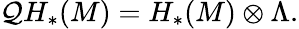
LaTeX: \mathcal{Q}H_{*}(M)=H_{*}(M)\otimes\Lambda.